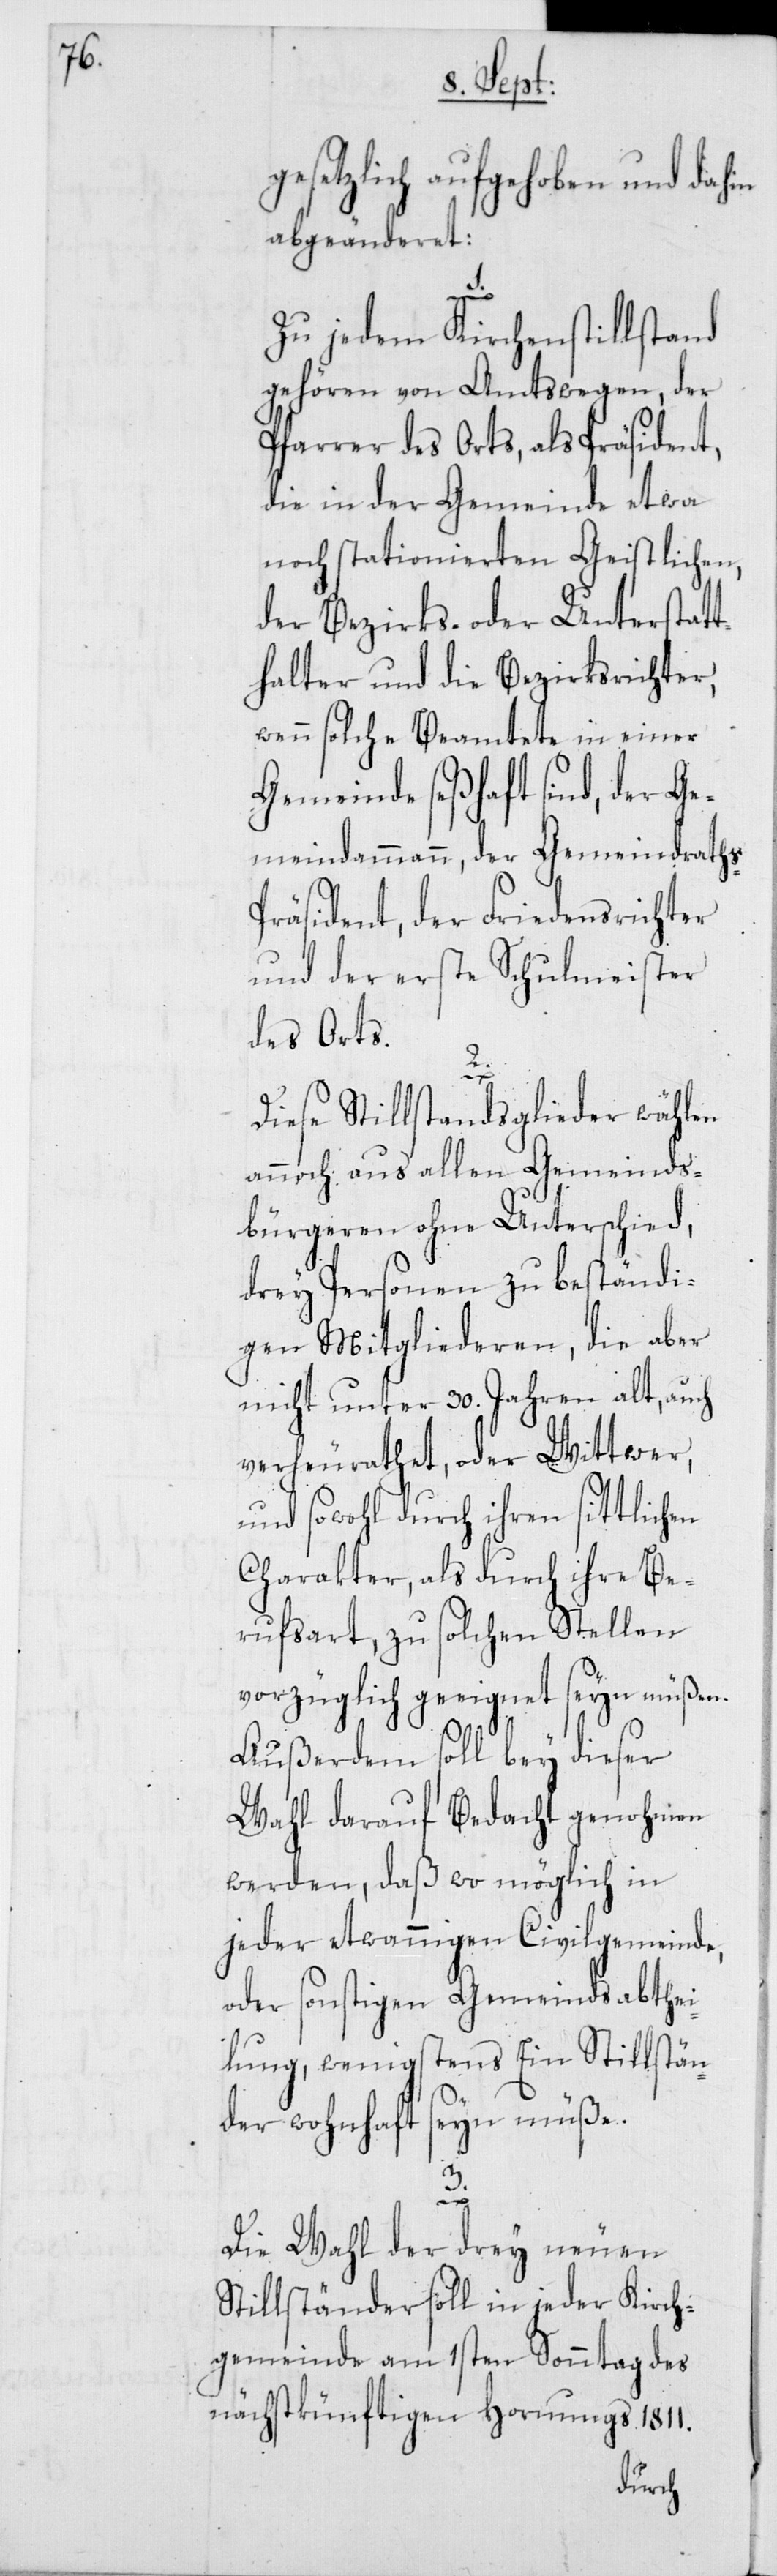
gesetzlich aufgehoben und dahin
abgeänderet:
s-P¬
1.
Zu jedem Kirchenstillstand
gehören von Amtswegen, der
Pfarrer des Orts, als Präsident,
die in der Gemeinde etwa
noch stationierten Geistlichen,
der Bezirks- oder Unterstatt¬
halter und die Bezirksrichter,
wenn solche Beamtete in einer
Gemeinde seßhaft sind, der Ge¬
meindammann, der Gemeindrath¬
räsident, der Friedensrichter
und der erste Schulmeister
des Orts.
2.
Diese Stillstandsglieder wählen
annoch aus allen Gemeinds¬
bürgeren ohne Unterschied,
drey Personen zu beständi¬
gen Mitgliederen, die aber
nicht unter 30. Jahren alt, auch
verheurathet, oder Wittwer,
und sowohl durch ihren sittlichen
Charakter, als durch ihre Be¬
rufsart, zu solchen Stellen
vorzüglich geeignet seyn müßen.
Außerdem soll bey dieser
Wahl darauf Bedacht genohmen
werden, daß wo möglich in
jeder etwannigen Civilgemeinde,
oder sonstigen Gemeindsabthei¬
lung, wenigstens Ein Stillstän¬
der wohnhaft seyn müße.
3.
Die Wahl der drey neuen
Stillständer soll in jeder Kirch¬
gemeinde am 1sten Sonntag des
nächstkünftigen Hornungs 1811.